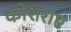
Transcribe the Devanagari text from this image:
कोशराए